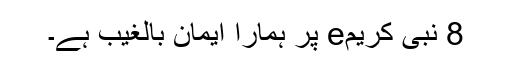
8 نبی کریمe پر ہمارا ایمان بالغیب ہے۔